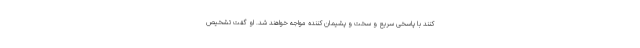
کنند با پاسخی سریع و سخت و پشیمان کننده مواجه خواهند شد. او گفت تشخیص